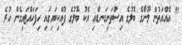
" އެއްއަތުން ލޫނާގެ ބޮލުގެ އިސްތަށިގަނޑާއި އެކު ބޮލުގެ ފުއްކިބައިގައި ހިފަހައްޓައިގެން ހުރެ